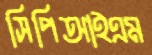
সিপিআইএম